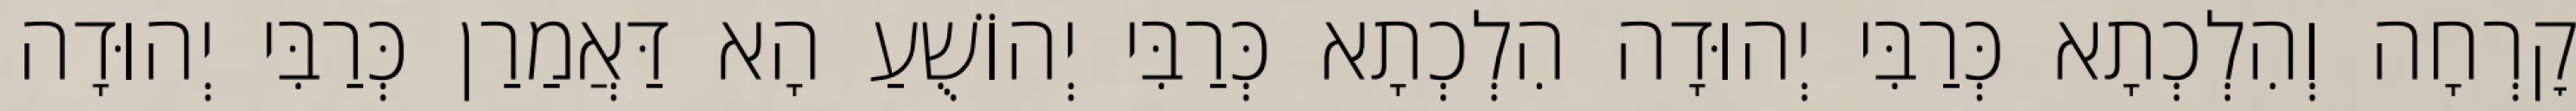
קׇרְחָה וְהִלְכְתָא כְּרַבִּי יְהוּדָה הִלְכְתָא כְּרַבִּי יְהוֹשֻׁעַ הָא דַּאֲמַרַן כְּרַבִּי יְהוּדָה